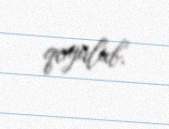
qoyulub.